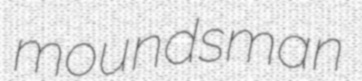
moundsman